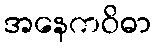
အနေကဝိဓာ